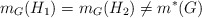
\begin{align*}m_G(H_1)=m_G(H_2)\neq m^*(G)\end{align*}